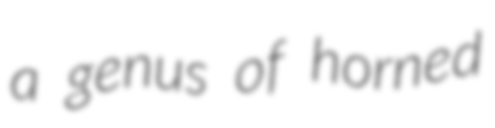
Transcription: a genus of horned